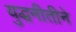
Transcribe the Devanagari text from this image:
युद्धनीतीने